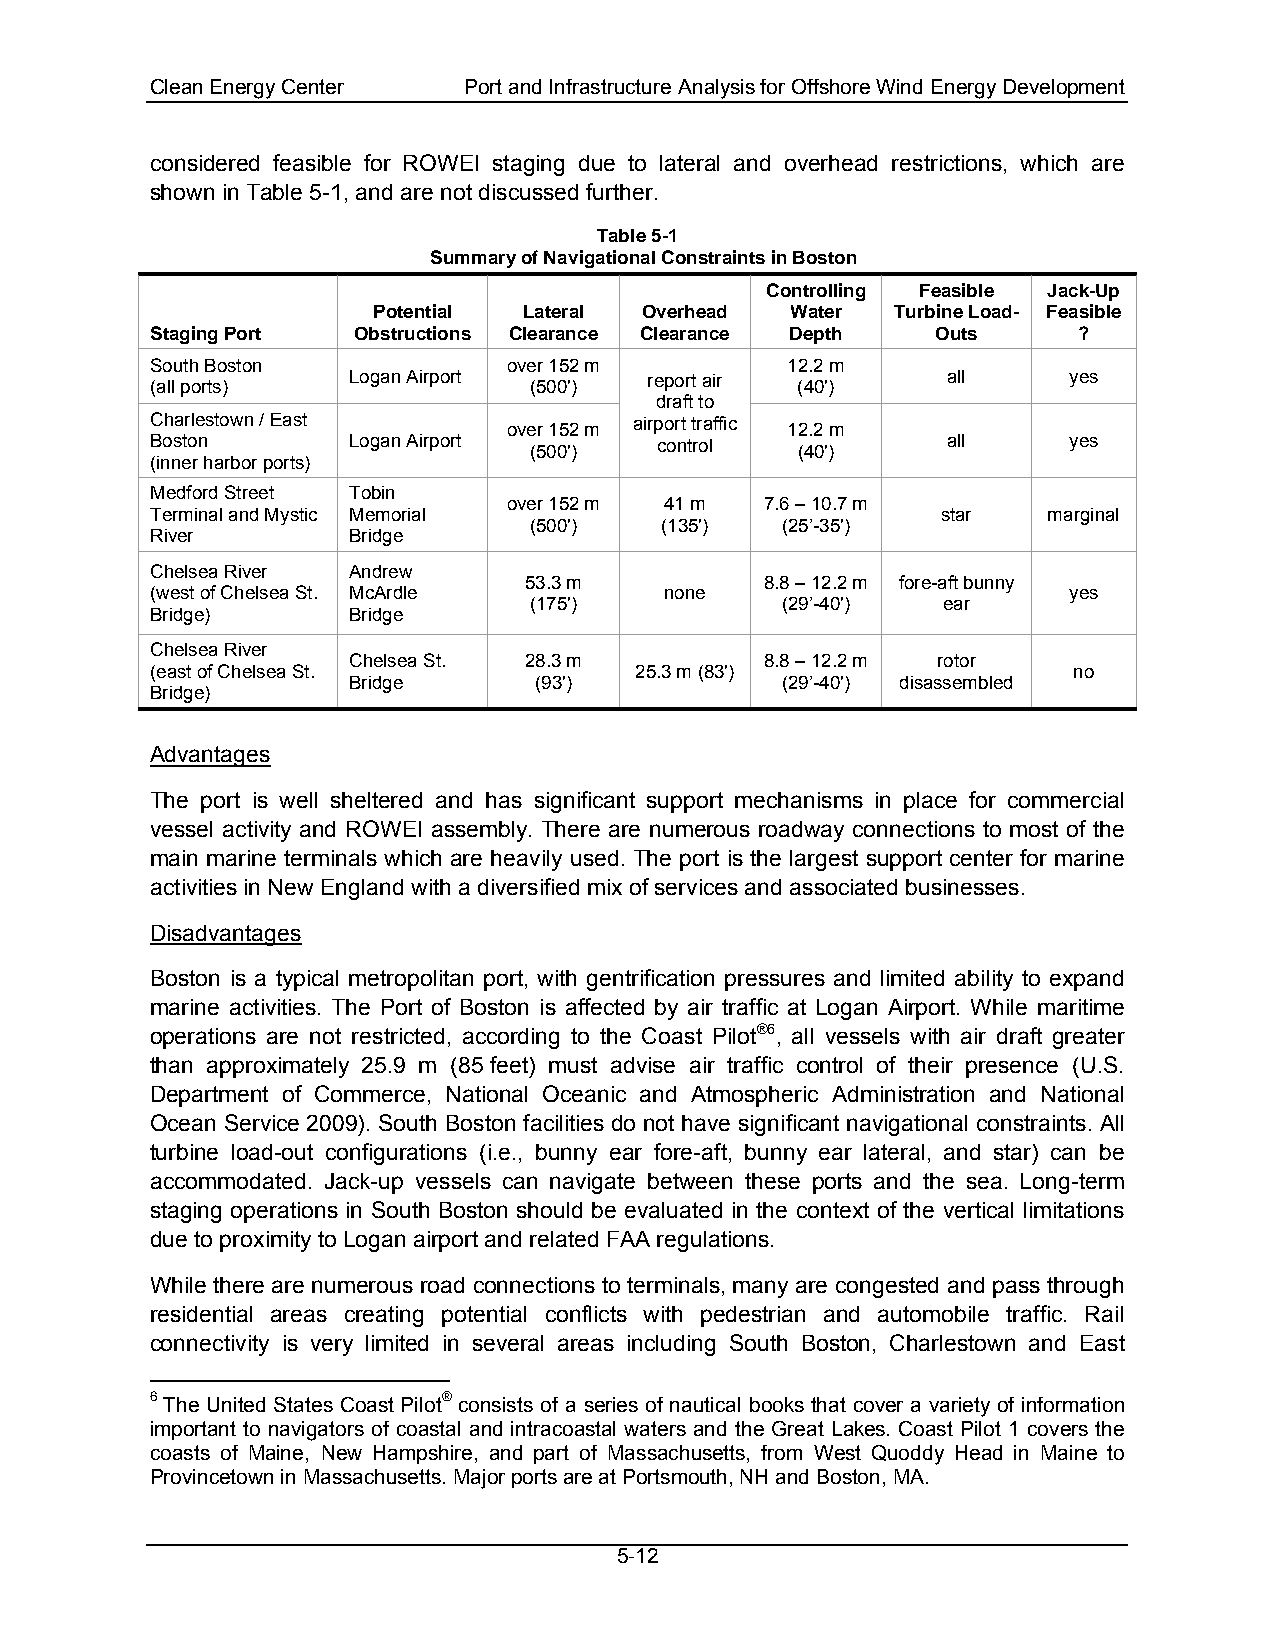
Clean Energy Center  Port and Infrastructure Analysis for Offshore Wind Energy Development
 considered feasible for ROWEI staging due to lateral and overhead restrictions, which are
 shown in Table 5-1, and are not discussed further.
 Table 5-1
 Summary of Navigational Constraints in Boston
 Controlling Feasible Jack-Up
 Potential Lateral Overhead Water  Turbine Load- Feasible
 Staging Port Obstructions Clearance Clearance Depth Outs     ?
 South Boston            over 152 m        12.2 m
 Logan Airport       report air          all     yes
 (all ports)              (500')            (40')
 draft to
 Charlestown / East              airport traffic
 over 152 m        12.2 m
 Boston       Logan Airport       control             all     yes
 (500')            (40')
 (inner harbor ports)
 Medford Street Tobin
 over 152 m 41 m  7.6 – 10.7 m
 Terminal and Mystic Memorial                        star   marginal
 (500')   (135')  (25’-35')
 River        Bridge
 Chelsea River Andrew
 53.3 m          8.8 – 12.2 m fore-aft bunny
 (west of Chelsea St. McArdle      none                       yes
 (175')           (29’-40') ear
 Bridge)      Bridge
 Chelsea River
 Chelsea St. 28.3 m          8.8 – 12.2 m rotor
 (east of Chelsea St.            25.3 m (83')                 no
 Bridge      (93')            (29’-40') disassembled
 Bridge)
 Advantages
 The port is well sheltered and has significant support mechanisms in place for commercial
 vessel activity and ROWEI assembly. There are numerous roadway connections to most of the
 main marine terminals which are heavily used. The port is the largest support center for marine
 activities in New England with a diversified mix of services and associated businesses.
 Disadvantages
 Boston is a typical metropolitan port, with gentrification pressures and limited ability to expand
 marine activities. The Port of Boston is affected by air traffic at Logan Airport. While maritime
 operations are not restricted, according to the Coast Pilot®6, all vessels with air draft greater
 than approximately 25.9 m (85 feet) must advise air traffic control of their presence (U.S.
 Department of Commerce, National Oceanic and Atmospheric Administration and National
 Ocean Service 2009). South Boston facilities do not have significant navigational constraints. All
 turbine load-out configurations (i.e., bunny ear fore-aft, bunny ear lateral, and star) can be
 accommodated. Jack-up vessels can navigate between these ports and the sea. Long-term
 staging operations in South Boston should be evaluated in the context of the vertical limitations
 due to proximity to Logan airport and related FAA regulations.
 While there are numerous road connections to terminals, many are congested and pass through
 residential areas creating potential conflicts with pedestrian and automobile traffic. Rail
 connectivity is very limited in several areas including South Boston, Charlestown and East
 6 The United States Coast Pilot® consists of a series of nautical books that cover a variety of information
 important to navigators of coastal and intracoastal waters and the Great Lakes. Coast Pilot 1 covers the
 coasts of Maine, New Hampshire, and part of Massachusetts, from West Quoddy Head in Maine to
 Provincetown in Massachusetts. Major ports are at Portsmouth, NH and Boston, MA.
 5-12